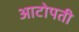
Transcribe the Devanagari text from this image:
आटोपती